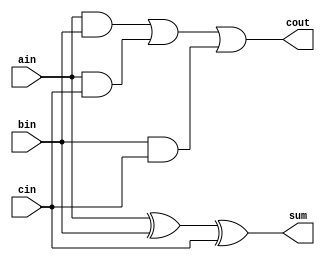
module full_adder(
    output cout,
    output sum,
    input ain,
    input bin,
    input cin
    );

    //assign bin2 = cin^bin; // XORing the inputs to bin with cin. If 1, subtract; if 0, add
    
    assign sum = ain^bin^cin;
    assign cout = (ain&bin) | (ain&cin) | (bin&cin);
endmodule